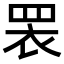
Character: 𭾱